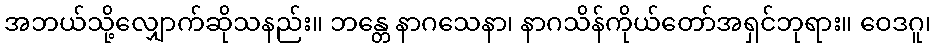
အဘယ်သို့လျှောက်ဆိုသနည်း။ ဘန္တေ နာဂသေနာ၊ နာဂသိန်ကိုယ်တော်အရှင်ဘုရား။ ဝေဒဂူ၊